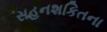
સહનશકિતના